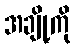
အချို့ကို